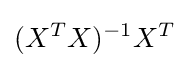
(X^{T}X)^{-1}X^{T}